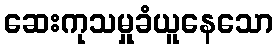
ဆေးကုသမှုခံယူနေသော